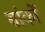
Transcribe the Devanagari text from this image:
बांकों